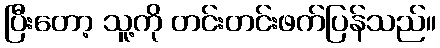
ပြီးတော့ သူ့ကို တင်းတင်းဖက်ပြန်သည်။